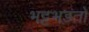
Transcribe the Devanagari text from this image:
भट्टभड़ंतों